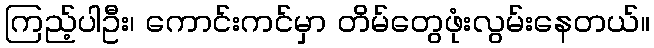
ကြည့်ပါဦး၊ ကောင်းကင်မှာ တိမ်တွေဖုံးလွမ်းနေတယ်။